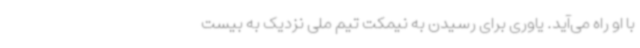
با او راه می‌آید. یاوری برای رسیدن به نیمکت تیم ملی نزدیک به بیست